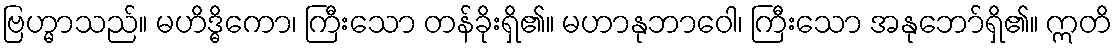
ဗြဟ္မာသည်။ မဟိဒ္ဓိကော၊ ကြီးသော တန်ခိုးရှိ၏။ မဟာနုဘာဝေါ၊ ကြီးသော အနုဘော်ရှိ၏။ ဣတိ